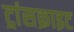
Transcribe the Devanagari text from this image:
ट्रांसक्राइट